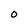
Character: O